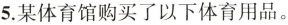
5.某体育馆购买了以下体育用品。